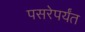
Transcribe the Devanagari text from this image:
पसरेपर्यंत